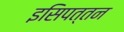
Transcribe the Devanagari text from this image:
इसिपत्तन